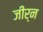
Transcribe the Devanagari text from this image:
जीर्न